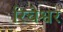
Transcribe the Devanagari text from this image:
रिचेश्वर